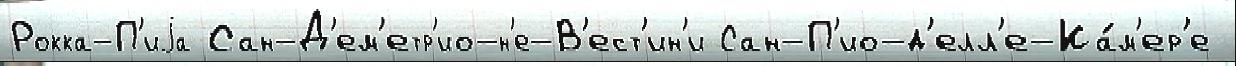
Рокка-П'иjа Сан-Д'ем'етр'ио-н'е-В'ест'ин'и Сан-П'ио-д'елл'е-Ка́м'ер'е